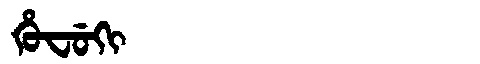
Manchu: ᡥᡠᠸᡠᡴᡳ
Romanization: HUFUKI